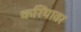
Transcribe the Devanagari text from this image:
करियावर